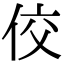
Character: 佼